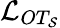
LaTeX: \mathcal{L}_{OT_{\mathcal{S}}}